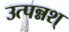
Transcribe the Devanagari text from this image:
उत्पन्नश्